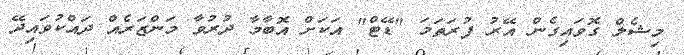
މިޝެލް ގޮވައިގެން އޭރު ފުރަތަމަ "ޑޭޓް" އަކަށް އޮބާމާ ދުރުވާ މަންޒަރެއް ދައްކުވައިދޭ